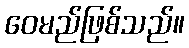
ဝေမည်ဖြစ်သည်။